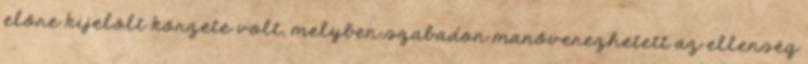
előre kijelölt körzete volt, melyben szabadon manőverezhetett az ellenség